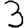
Digit: 3